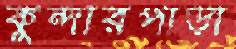
কুন্দারপাড়া